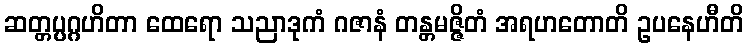
ဆတ္တပ္ပဂ္ဂဟိတာ ထေရော သညာဒုကံ ဂဇာနံ တန္တမဇ္ဇိတံ အရဟတောတိ ဥပနေဟီတိ